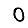
Digit: 0